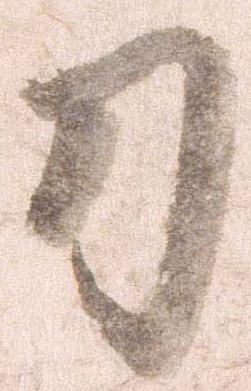
刀